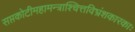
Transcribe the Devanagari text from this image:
सप्तकोटीमहामन्त्राश्चित्तविभ्रंशकारकाः